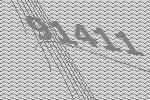
91411